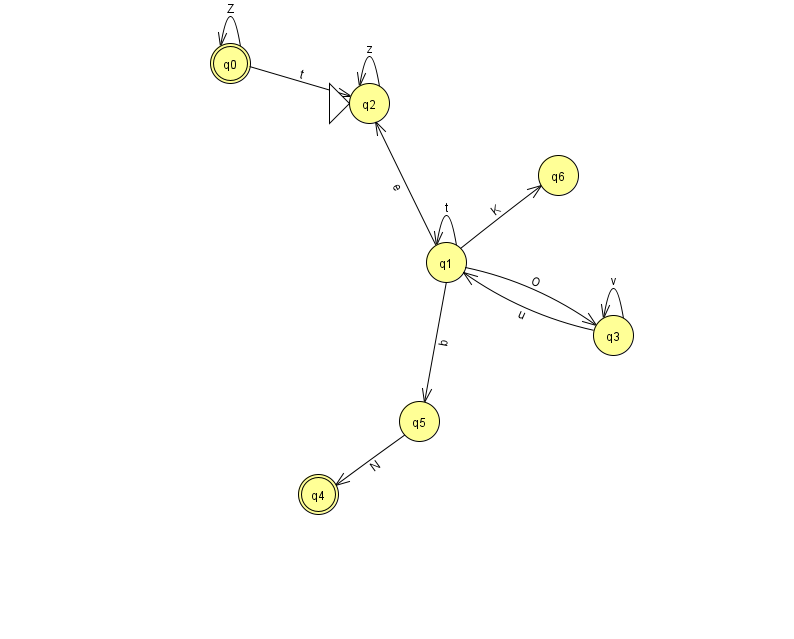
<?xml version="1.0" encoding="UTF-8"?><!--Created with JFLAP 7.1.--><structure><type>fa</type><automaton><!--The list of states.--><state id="0" name="q0"><x>230.0</x><y>50.0</y><final/></state><state id="1" name="q1"><x>446.0</x><y>249.0</y></state><state id="2" name="q2"><x>369.0</x><y>90.0</y><initial/></state><state id="3" name="q3"><x>613.0</x><y>322.0</y></state><state id="4" name="q4"><x>318.0</x><y>481.0</y><final/></state><state id="5" name="q5"><x>419.0</x><y>408.0</y></state><state id="6" name="q6"><x>558.0</x><y>162.0</y></state><!--The list of transitions.--><transition><from>5</from><to>4</to><read>N</read></transition><transition><from>1</from><to>1</to><read>t</read></transition><transition><from>3</from><to>1</to><read>u</read></transition><transition><from>1</from><to>5</to><read>b</read></transition><transition><from>3</from><to>3</to><read>v</read></transition><transition><from>1</from><to>2</to><read>e</read></transition><transition><from>0</from><to>0</to><read>Z</read></transition><transition><from>2</from><to>2</to><read>z</read></transition><transition><from>1</from><to>6</to><read>K</read></transition><transition><from>0</from><to>2</to><read>t</read></transition><transition><from>1</from><to>3</to><read>O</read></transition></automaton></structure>